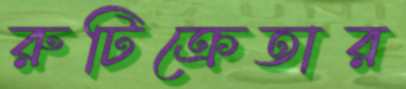
রুটিক্রেতার